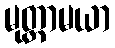
မုတ္တာမယာ